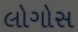
લોગોસ